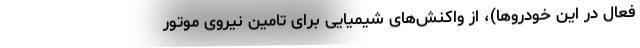
فعال در این خودروها)، از واکنش‌های شیمیایی برای تامین نیروی موتور